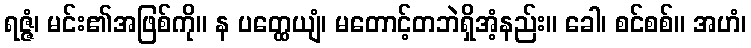
ရဇ္ဇံ၊ မင်း၏အဖြစ်ကို။ န ပတ္ထေယျံ၊ မတောင့်တဘဲရှိအံ့နည်း။ ခေါ၊ စင်စစ်။ အဟံ၊